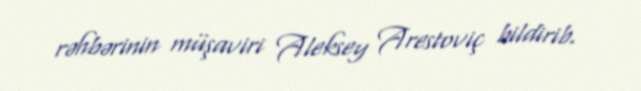
rəhbərinin müşaviri Aleksey Arestoviç bildirib.